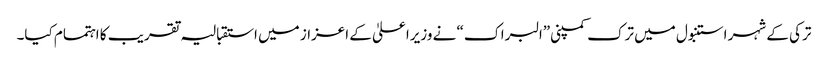
ترکی کے شہر استنبول میں ترک کمپنی”البراک“ نے وزیراعلیٰ کے اعزاز میں استقبالیہ تقریب کا اہتمام کیا۔